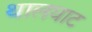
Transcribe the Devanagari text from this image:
थालघाट